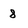
Character: 8